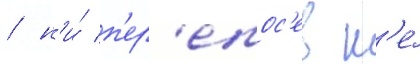
/ н'и́ п'ер'епос'ев н'е́